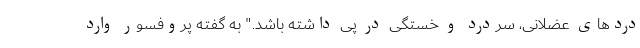
دردهای عضلانی، سردرد و خستگی در پی داشته باشد." به گفته پروفسور وارد